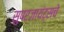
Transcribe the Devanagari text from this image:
सुपरजायंट्सचे